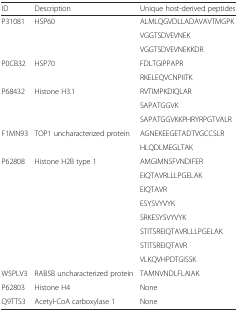
| ID | Description | Unique host-derived peptides |
 | --- | --- | --- |
 | <ROWSPAN=3> P31081 | <ROWSPAN=3> HSP60 | ALMLQGVDLLADAVAVTMGPK |
 | VGGTSDVEVNEK |
 | VGGTSDVEVNEKKDR |
 | <ROWSPAN=2> P0CB32 | <ROWSPAN=2> HSP70 | FDLTGIPPAPR |
 | RKELEQVCNPIITK |
 | <ROWSPAN=3> P68432 | <ROWSPAN=3> Histone H3.1 | RVTIMPKDIQLAR |
 | SAPATGGVK |
 | SAPATGGVKKPHRYRPGTVALR |
 | <ROWSPAN=2> F1MN93 | <ROWSPAN=2> TOP1 uncharacterized protein | AGNEKEEGETADTVGCCSLR |
 | HLQDLMEGLTAK |
 | <ROWSPAN=8> P62808 | <ROWSPAN=8> Histone H2B type 1 | AMGIMNSFVNDIFER |
 | EIQTAVRLLLPGELAK |
 | EIQTAVR |
 | ESYSVYVYK |
 | SRKESYSVYVYK |
 | STITSREIQTAVRLLLPGELAK |
 | STITSREIQTAVR |
 | VLKQVHPDTGISSK |
 | W5PLV3 | RAB5B uncharacterized protein | TAMNVNDLFLAIAK |
 | P62803 | Histone H4 | None |
 | Q9TTS3 | Acetyl-CoA carboxylase 1 | None |